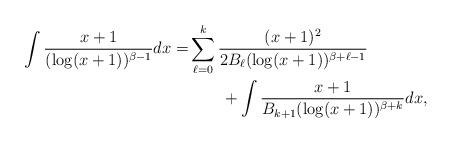
LaTeX: \begin{align*}\begin{aligned} \int \frac{x+1}{(\log(x+1))^{\beta-1}}dx=&\sum_{\ell=0}^k\frac{(x+1)^2}{2B_\ell (\log(x+1))^{\beta+\ell-1}}\\ &\qquad+\int\frac{x+1}{B_{k+1}(\log(x+1))^{\beta+k}}dx, \end{aligned}\end{align*}